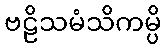
ဗဠိသမံသိကမ္ပိ